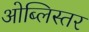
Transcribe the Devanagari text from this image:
ओब्लिस्तर